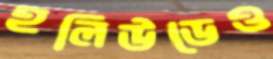
হলিউডেও